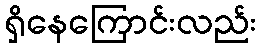
ရှိနေကြောင်းလည်း